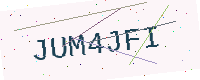
Text: JUM4JFI